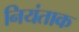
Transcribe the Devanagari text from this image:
नियंताक